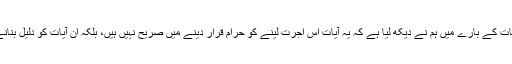
اور سوال میں مذکور آیات کے بارے میں ہم نے دیکھ لیا ہے کہ یہ آیات اس اجرت لینے کو حرام قرار دینے میں صریح نہیں ہیں، بلکہ ان آیات کو دلیل بنانے میں بھی اختلاف ہے۔